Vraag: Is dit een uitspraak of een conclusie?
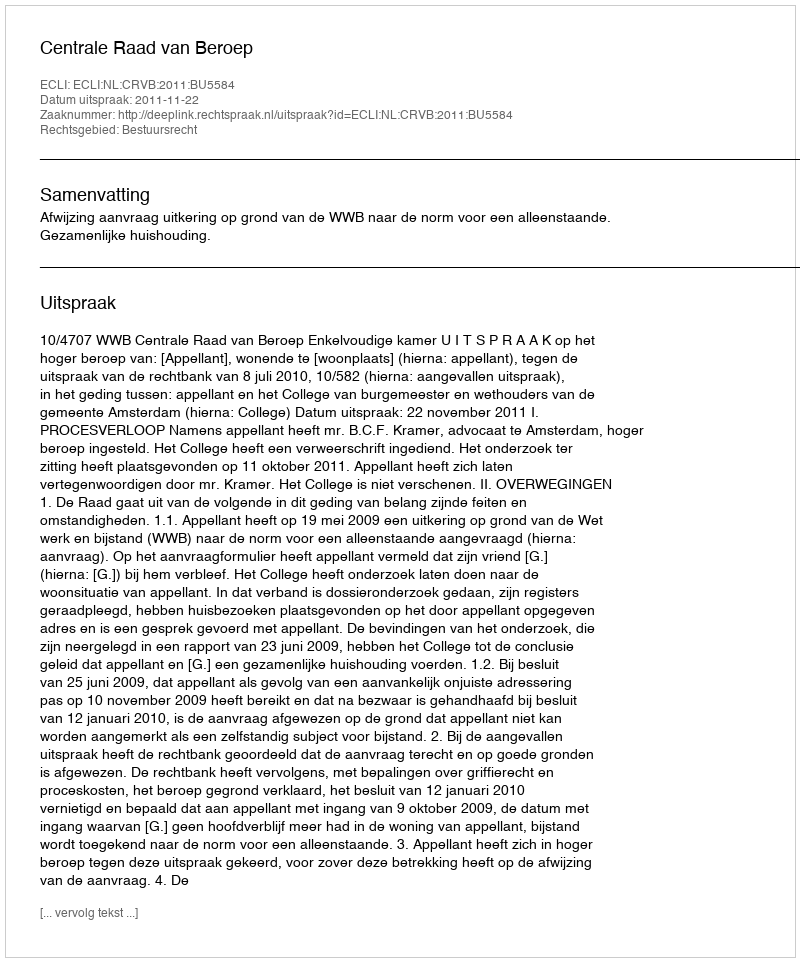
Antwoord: Uitspraak